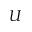
U